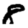
Digit: 8